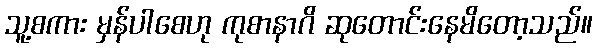
သူ့စကား မှန်ပါစေဟု ကုစာနာဂိ ဆုတောင်းနေမိတော့သည်။